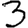
Digit: 3